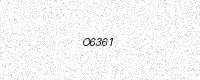
Text: O6361